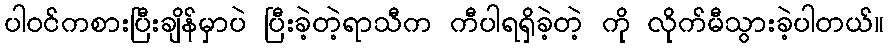
ပါဝင်ကစားပြီးချိန်မှာပဲ ပြီးခဲ့တဲ့ရာသီက ကီပါရရှိခဲ့တဲ့ ကို လိုက်မီသွားခဲ့ပါတယ်။